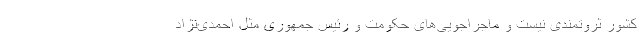
کشور ثروتمندی نیست و ماجراجویی‌های حکومت و رئیس جمهوری مثل احمدی‌نژاد